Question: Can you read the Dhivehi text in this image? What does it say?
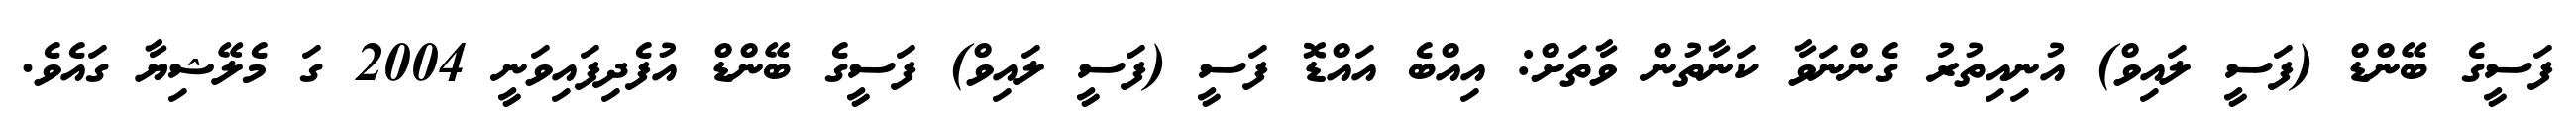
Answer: ފަސީގެ ބޭންޑް (ފަސީ ލައިވް) އުނިއިތުރު ގެންނަވާ ކަނާތުން ވާތަށް: އިއްބެ އައްޑޮ ފަސީ (ފަސީ ލައިވް) ފަސީގެ ބޭންޑް އުފެދިފައިވަނީ 2004 ގަ މެލޭޝިޔާ ގައެވެ.